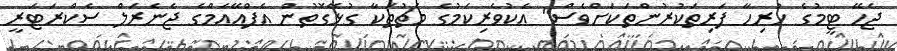
ޖެހޭ ޓީމުގެ ހުރިހާ ފަރިތަކުރުންތަކަށްވެސް" އެކުވެރިކަމުގެ މެޗުތަކާ ގުޅޭގޮތުން އެފްއޭއެމްގެ ޖެނެރަލް ސެކްރަޓަރީ